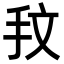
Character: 𢪖